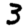
Digit: 3